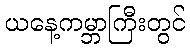
ယနေ့ကမ္ဘာကြီးတွင်